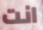
انت